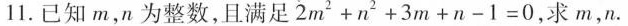
11.已知m，n为整数，且满足$$2 m ^ { 2 } + n ^ { 2 } + 3 m + n - 1 = 0$$，求m，n.